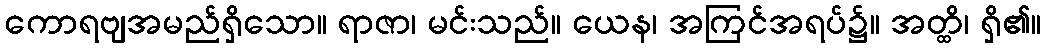
ကောရဗျအမည်ရှိသော။ ရာဇာ၊ မင်းသည်။ ယေန၊ အကြင်အရပ်၌။ အတ္ထိ၊ ရှိ၏။